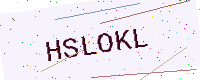
Text: HSLOKL